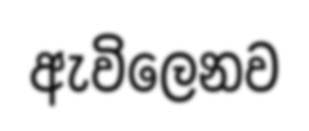
ඇවිලෙනව